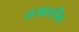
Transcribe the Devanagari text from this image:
तजातरीन